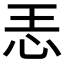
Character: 𱞂